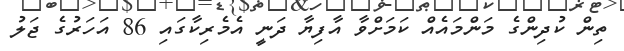
ތިން ކުދިންގެ މަންމައެއް ކަމަށްވާ އާފިޔާ ދަނީ އެމެރިކާގައި 86 އަހަރުގެ ޖަލު